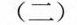
(二)